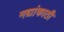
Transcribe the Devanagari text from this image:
नद्यांकाठी